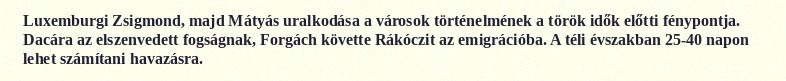
Luxemburgi Zsigmond, majd Mátyás uralkodása a városok történelmének a török idők előtti fénypontja. Dacára az elszenvedett fogságnak, Forgách követte Rákóczit az emigrációba. A téli évszakban 25-40 napon lehet számítani havazásra.